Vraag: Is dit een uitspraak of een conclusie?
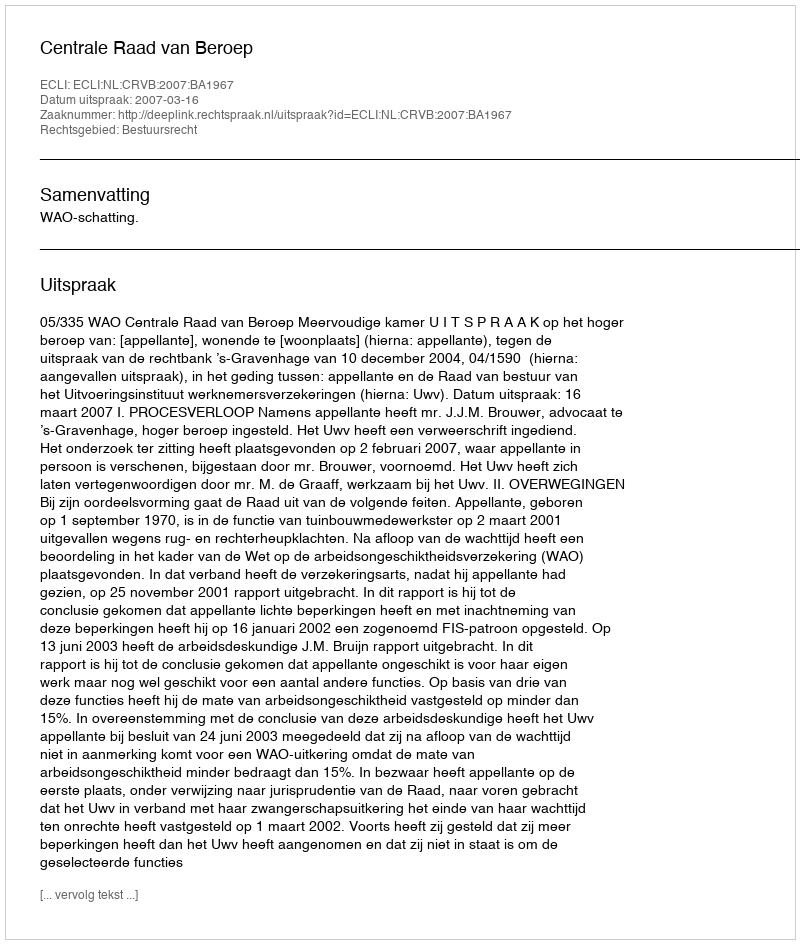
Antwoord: Uitspraak